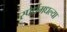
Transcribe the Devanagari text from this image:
स्पर्धेमधल्या